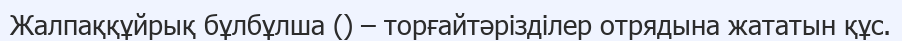
Жалпаққұйрық бұлбұлша () – торғайтәрізділер отрядына жататын құс.